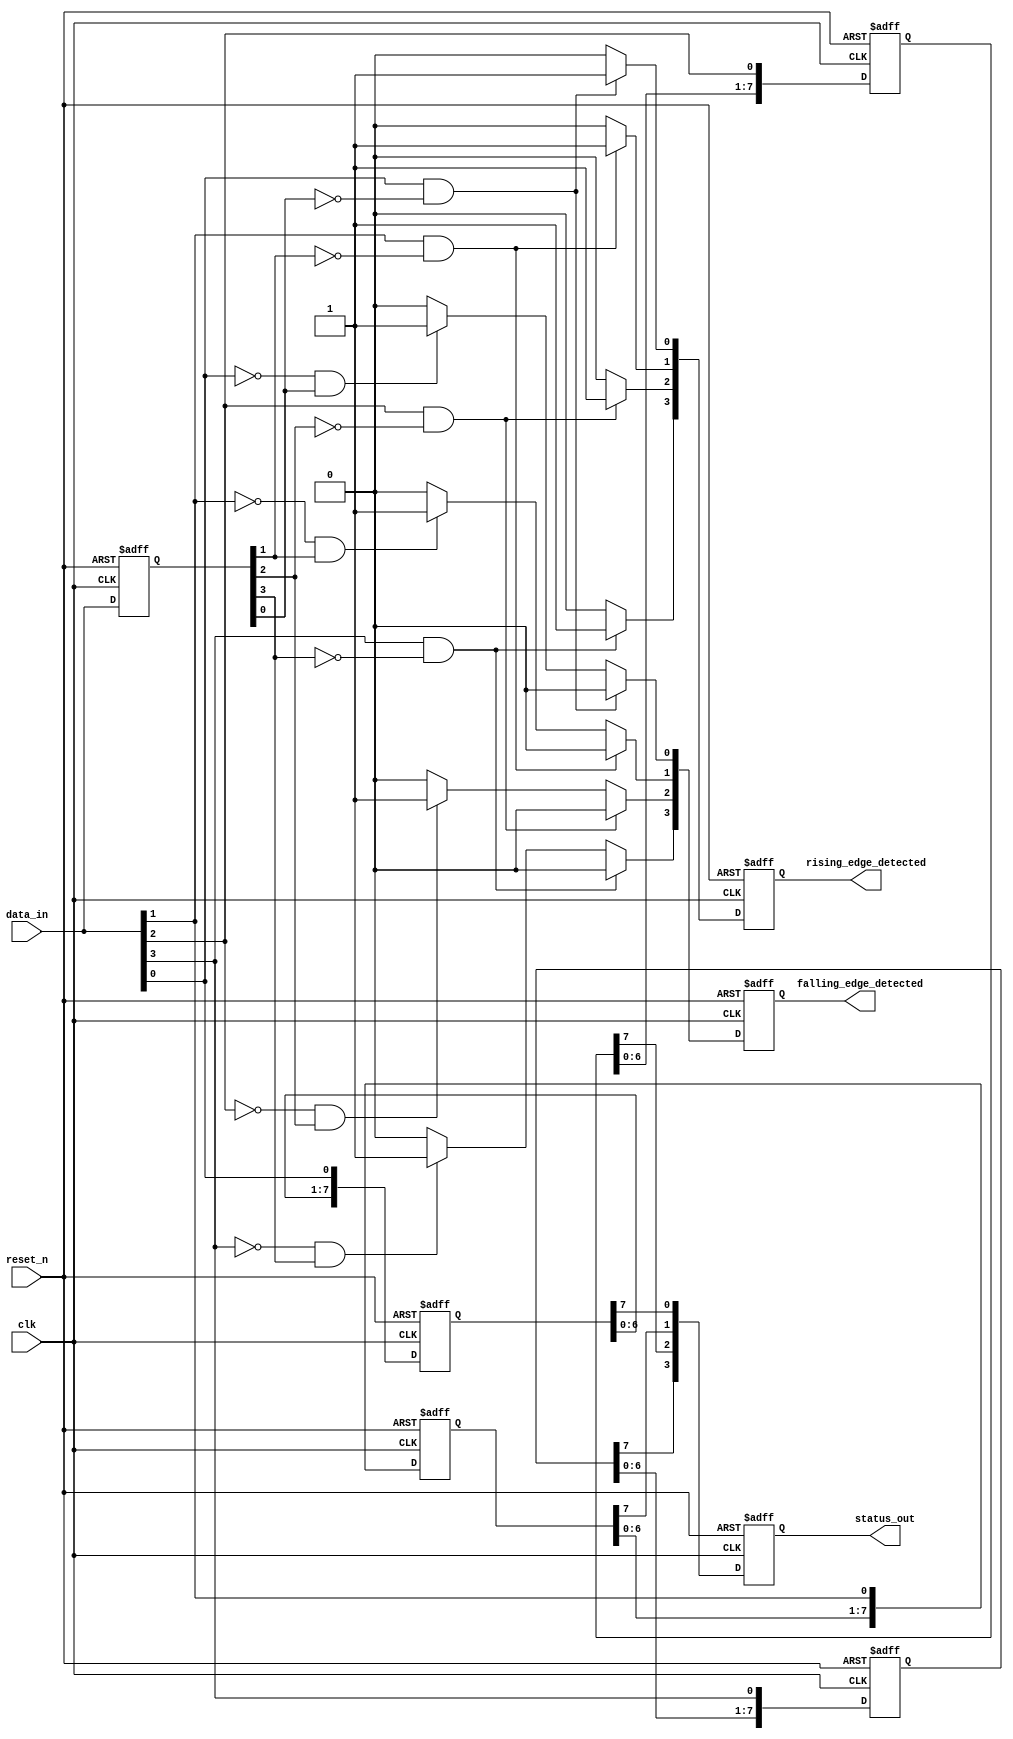
module flip_flop_detector #(
    parameter NUM_BLOCKS = 4,  // Number of cascaded memory blocks
    parameter DEPTH = 8         // Depth of state storage for each block
)(
    input wire clk,             // Main clock signal
    input wire reset_n,         // Asynchronous active-low reset
    input wire [NUM_BLOCKS-1:0] data_in, // Data inputs for flip-flops
    output reg [NUM_BLOCKS-1:0] status_out, // Status output of detected flip-flops
    output reg [NUM_BLOCKS-1:0] rising_edge_detected, // Rising edge detection
    output reg [NUM_BLOCKS-1:0] falling_edge_detected  // Falling edge detection
);

    // Memory block storage
    reg [DEPTH-1:0] memory_blocks [0:NUM_BLOCKS-1];

    // State detection and edge detection logic
    reg [NUM_BLOCKS-1:0] last_state;

    integer i;
    always @(posedge clk or negedge reset_n) begin
        if (!reset_n) begin
            // Initialize all memory blocks and registers
            for (i = 0; i < NUM_BLOCKS; i = i + 1) begin
                memory_blocks[i] <= 0;
                status_out[i] <= 0;
                rising_edge_detected[i] <= 0;
                falling_edge_detected[i] <= 0;
            end
            last_state <= 0;
        end else begin
            // Capture the current state and detect edges
            for (i = 0; i < NUM_BLOCKS; i = i + 1) begin
                // Store the current data into the memory block
                memory_blocks[i] <= {memory_blocks[i][DEPTH-2:0], data_in[i]};
                
                // Update status
                status_out[i] <= memory_blocks[i][DEPTH-1];

                // Edge detection logic
                if (data_in[i] && !last_state[i]) begin
                    rising_edge_detected[i] <= 1;
                    falling_edge_detected[i] <= 0;
                end else if (!data_in[i] && last_state[i]) begin
                    falling_edge_detected[i] <= 1;
                    rising_edge_detected[i] <= 0;
                end else begin
                    rising_edge_detected[i] <= 0;
                    falling_edge_detected[i] <= 0;
                end
            end
            
            // Store current state for edge detection in the next clock cycle
            last_state <= data_in;
        end
    end

endmodule